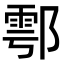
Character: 鄠